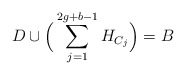
\begin{align*}D\cup \Big(\sum_{j=1}^{2g+b-1}H_{C_j}\Big)=B\end{align*}